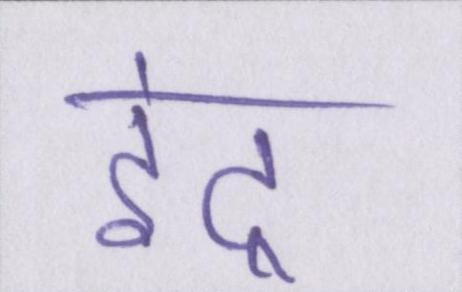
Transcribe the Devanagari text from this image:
इंद्र